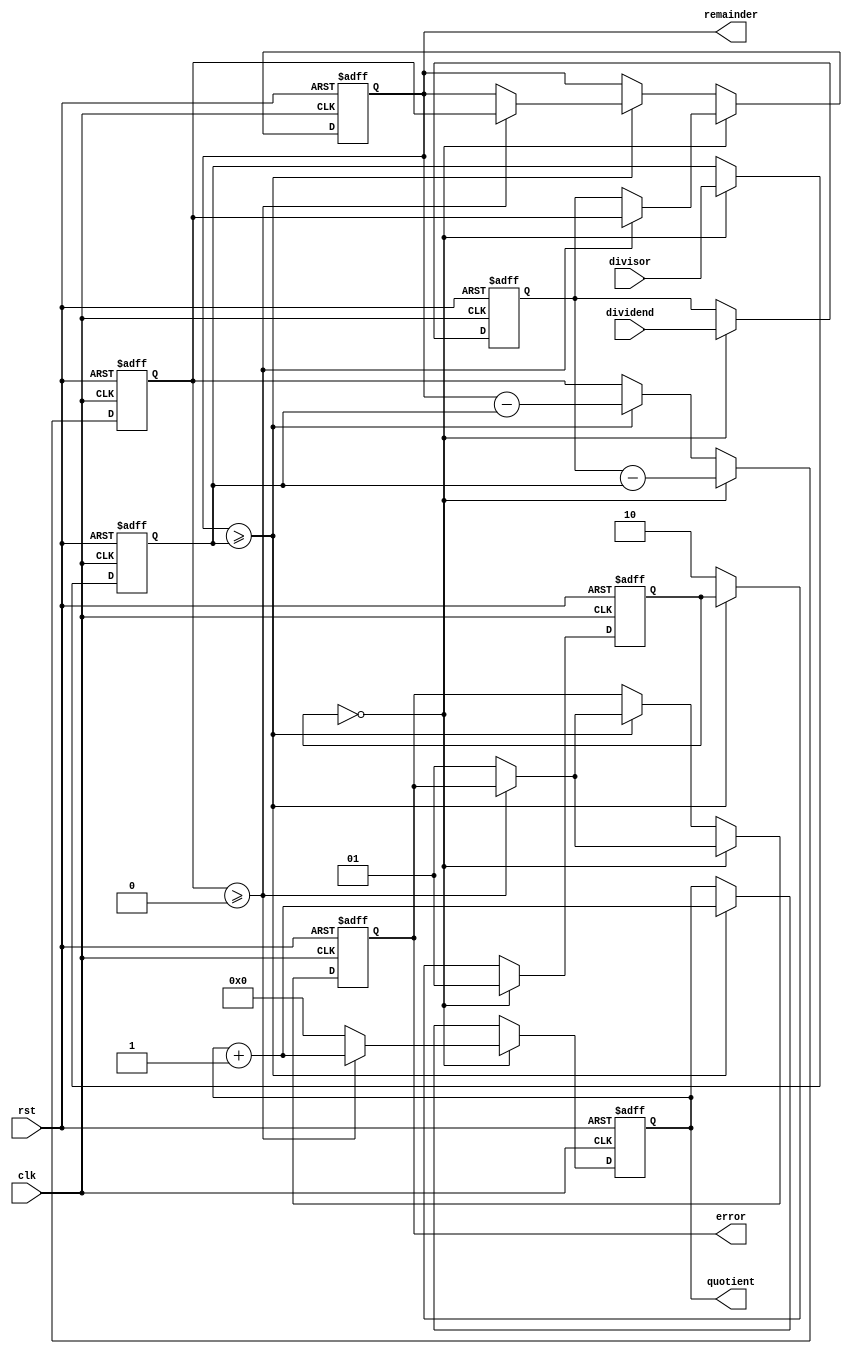
module Restoring_Divider(
  input wire [15:0] dividend,
  input wire [15:0] divisor,
  input wire clk,
  input wire rst,
  output reg [15:0] quotient,
  output reg [15:0] remainder,
  output reg [1:0] error
);

reg [15:0] dividend_reg;
reg [15:0] divisor_reg;
reg [15:0] quotient_reg;
reg [15:0] remainder_reg;
reg [15:0] sub_result;
reg [1:0] count;

always @(posedge clk or posedge rst) begin
  if (rst) begin
    dividend_reg <= 16'h0;
    divisor_reg <= 16'h0;
    quotient_reg <= 16'h0;
    remainder_reg <= 16'h0;
    sub_result <= 16'h0;
    count <= 2'b00;
    error <= 2'b00;
  end else begin
    if (count == 2'b00) begin
      dividend_reg <= dividend;
      divisor_reg <= divisor;
      quotient_reg <= 16'h0;
      remainder_reg <= 16'h0;
      sub_result <= dividend_reg - divisor_reg;
      
      if (sub_result >= 16'h0) begin
        quotient_reg <= quotient_reg + 1;
        remainder_reg <= sub_result;
      end else begin
        remainder_reg <= dividend_reg;
        error <= 2'b01;
      end
      count <= 2'b01;
    end else begin
      if (remainder_reg >= divisor_reg) begin
        sub_result <= remainder_reg - divisor_reg;
        quotient_reg <= quotient_reg + 1;
        
        if (sub_result >= 16'h0) begin
          remainder_reg <= sub_result;
        end else begin
          error <= 2'b01;
        end
      end else begin
        count <= 2'b10;
      end
    end
  end
end

assign quotient = quotient_reg;
assign remainder = remainder_reg;

endmodule